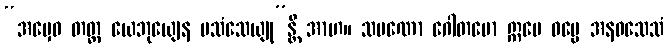
“အမှေဝ တတ္ထ ယေဘုယျေန ပသံသေယျု”န္တိ အာဟ။ သမဏော ဂေါတမော ဣမေ ဓမ္မေ အနဝသေသံ